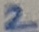
Text: 2